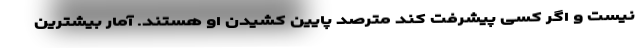
نیست و اگر کسی پیشرفت کند مترصد پایین کشیدن او هستند. آمار بیشترین